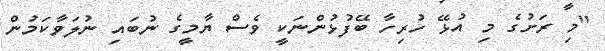
"މި ރަށުގެ މި އުޅޭ ހުރިހާ ބޭފުޅުންނަކީ ވެސް ޔާމީގެ ނުބައި ނުލަވާކަމުން